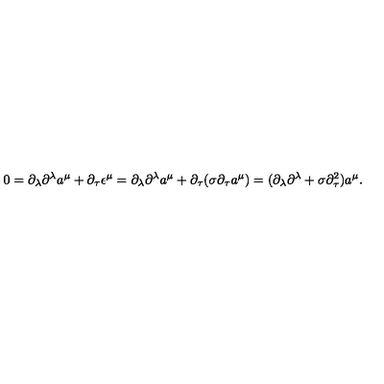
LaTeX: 0 = \partial _ { \lambda } \partial ^ { \lambda } a ^ { \mu } + \partial _ { \tau } \epsilon ^ { \mu } = \partial _ { \lambda } \partial ^ { \lambda } a ^ { \mu } + \partial _ { \tau } ( \sigma \partial _ { \tau } a ^ { \mu } ) = ( \partial _ { \lambda } \partial ^ { \lambda } + \sigma \partial _ { \tau } ^ { 2 } ) a ^ { \mu } .